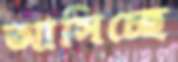
আসিচ্ছে